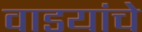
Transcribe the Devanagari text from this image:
वाडयांचे